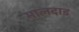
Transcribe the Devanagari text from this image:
मालदाड